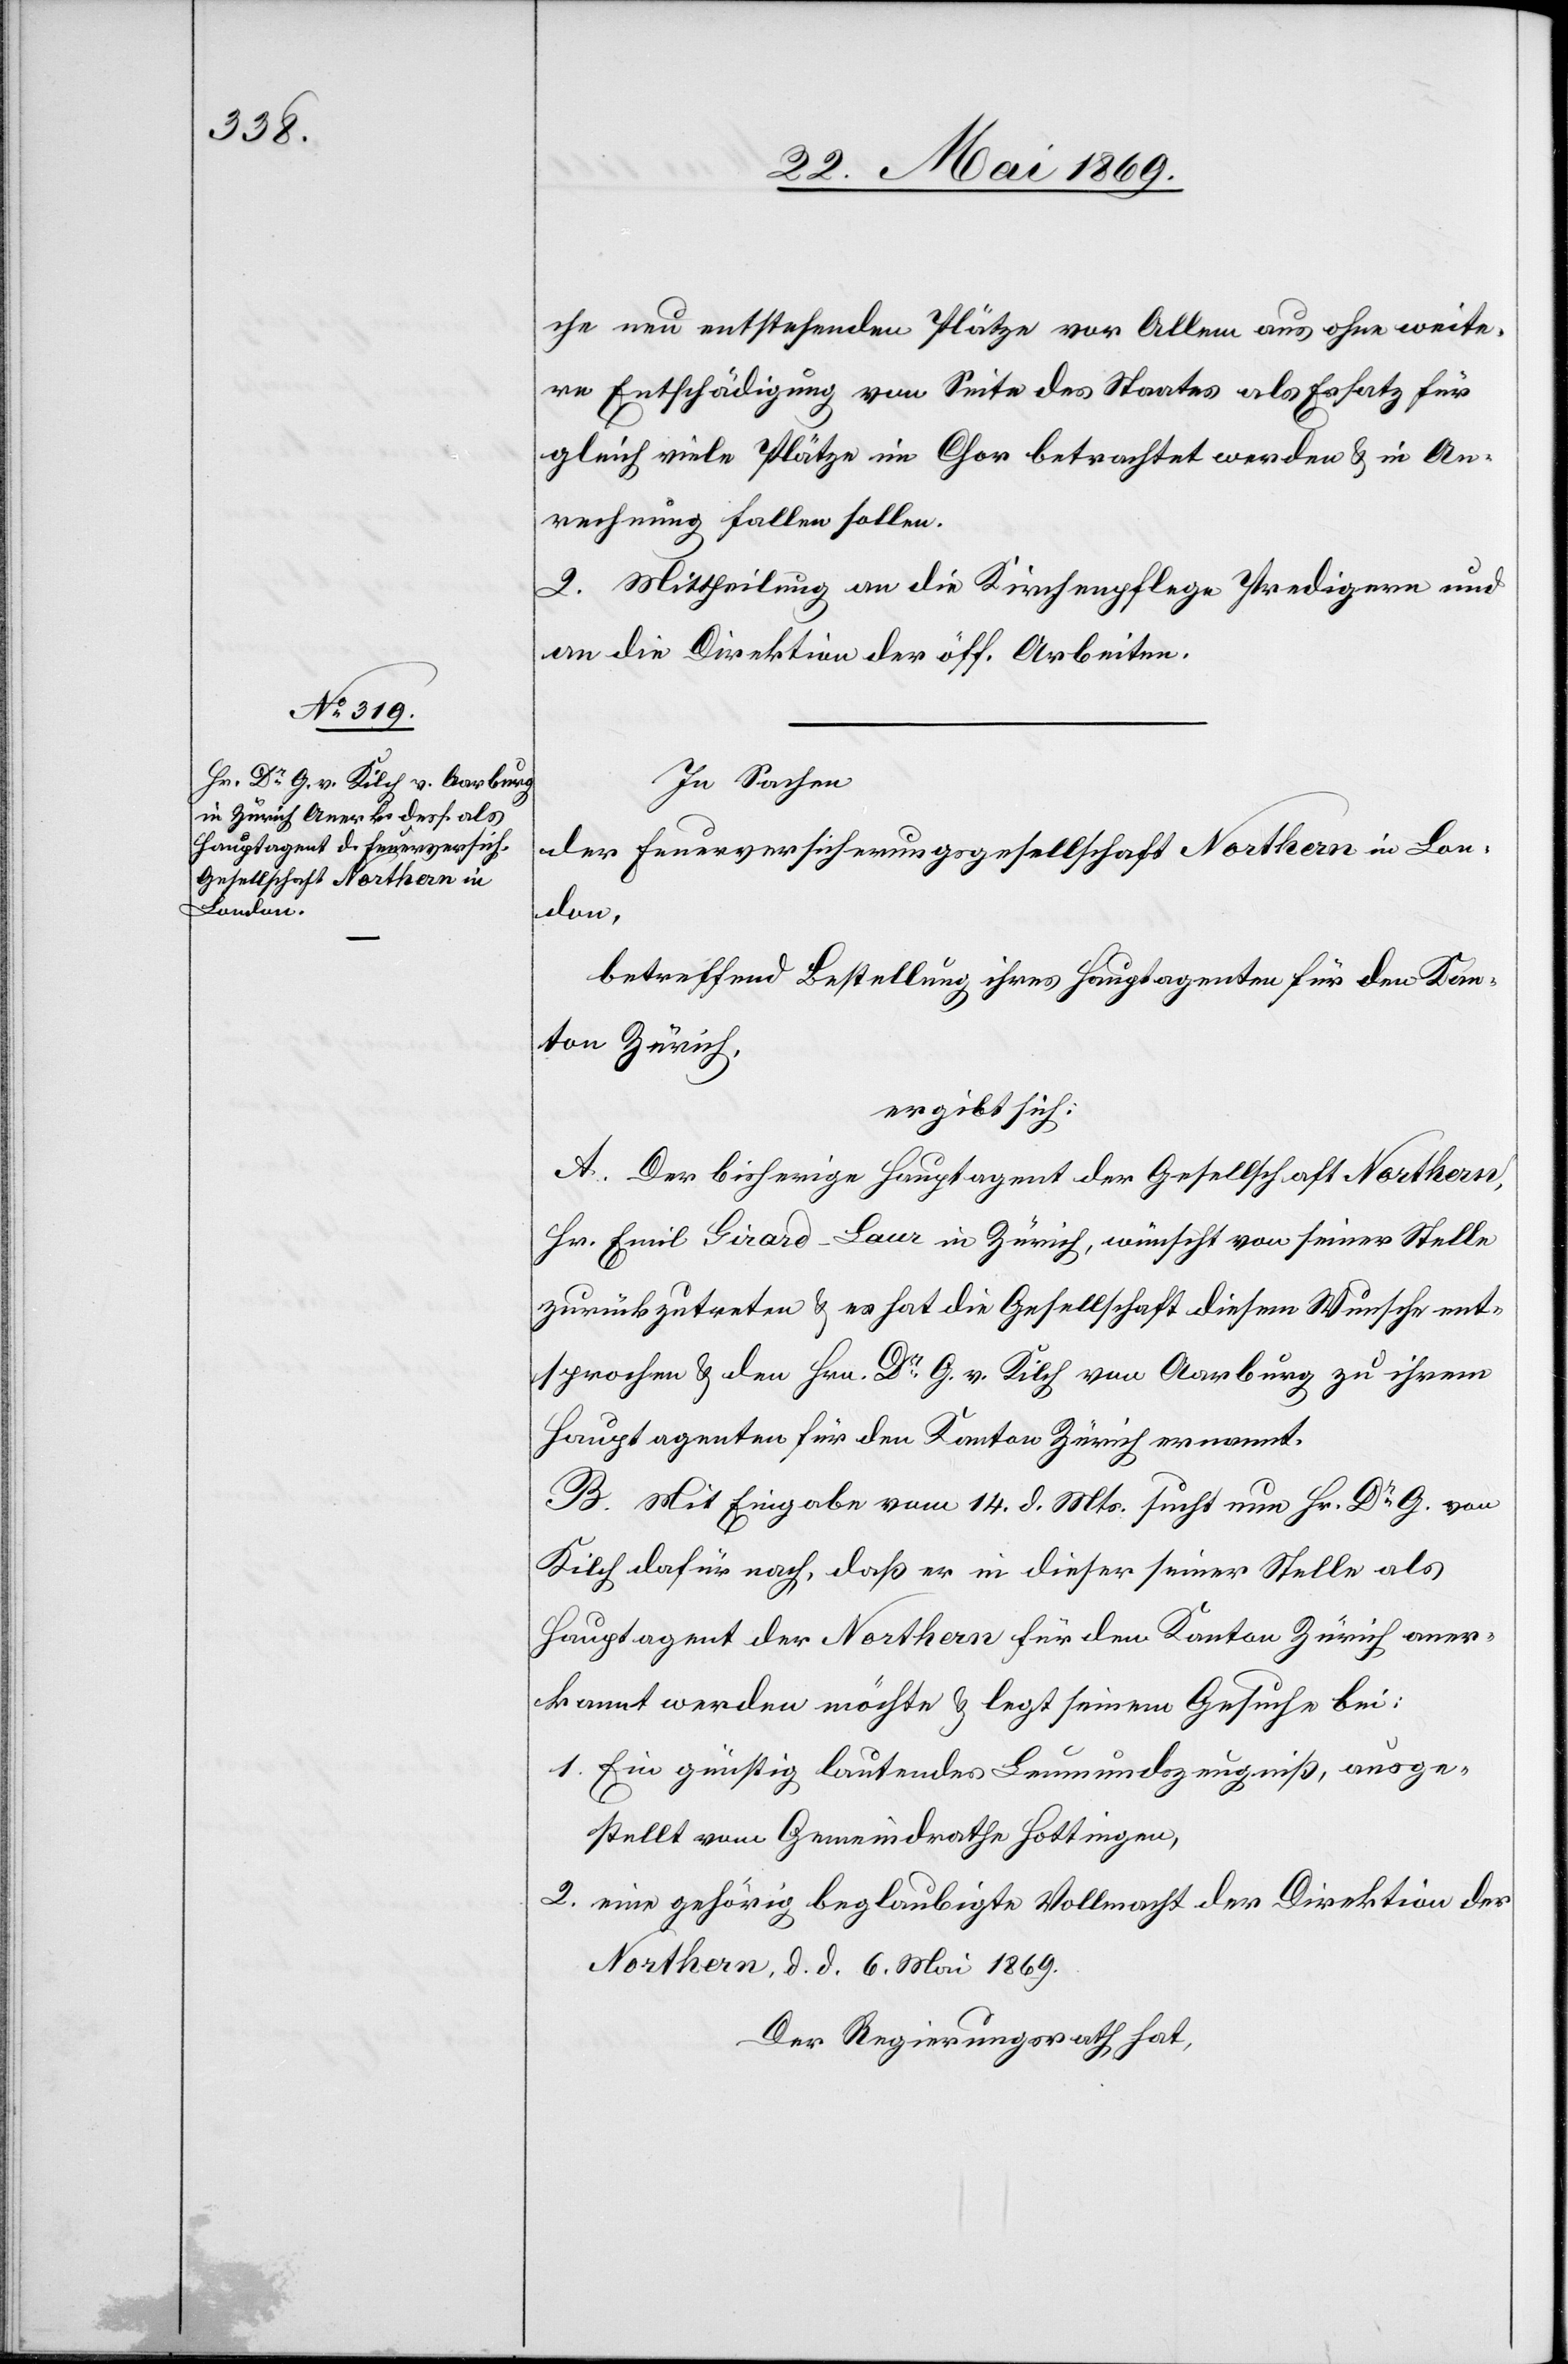
che neu entstehenden Plätze vor Allem aus ohne weite¬
re Entschädigung von Seite des Staates als Ersatz für
gleich viele Plätze im Chor betrachtet werden u. in An¬
rechnung fallen sollen.
2. Mittheilung an die Kirchenpflege Predigern und
an die Direktion der öff. Arbeiten.
In Sachen
der Feuerversicherungsgesellschaft Northern in Lon¬
don,
betreffend Bestellung ihres Hauptagenten für den Kan¬
ton Zürich,
ergibt sich:
A. Der bisherige Hauptagent der Gesellschaft Northern,
Hr. Emil Girard-Laur in Zürich, wünscht von seiner Stelle
zurückzutreten u. es hat die Gesellschaft diesem Wunsche ent¬
sprochen u. dem Hrn. Dr. G. v. Kilch von Aarburg zu ihrem
Hauptagenten für den Kanton Zürich ernannt.
B. Mit Eingabe vom 14. d. Mts. sucht nun Hr. Dr G. von
Kilch dafür nach, daß er in dieser seiner Stelle als
Hauptagent der Northern für den Kanton Zürich aner¬
kannt werden möchte u. legt seinem Gesuche bei:
1. Ein günstig lautendes Leumundszeugniß, ausge¬
stellt vom Gemeindrathe Hottingen,
2. eine gehörig beglaubigte Vollmacht der Direktion der
Northern, d. d. 6 Mai 1869.
Der Regierungsrath hat,